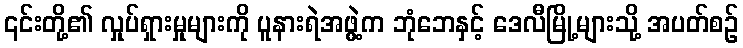
၎င်းတို့၏ လှုပ်ရှားမှုများကို ပူနားရဲအဖွဲ့က ဘုံဘေနှင့် ဒေလီမြို့များသို့ အပတ်စဉ်